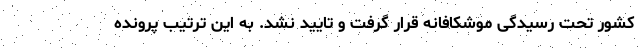
کشور تحت رسیدگی موشکافانه قرار گرفت و تایید نشد. به این ترتیب پرونده